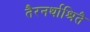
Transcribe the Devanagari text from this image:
तैरनर्थाश्रितै